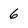
Character: 6